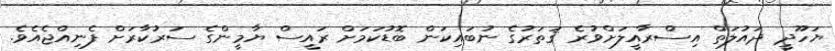
ޔަހޫދީ ދައުލަތް އިސްރާއީލަށްވުރެ ޤަތަރުގެ ނުބައިކަން ބޮޑުކަމަށް ރައީސް ޔާމީންގެ ސަރުކާރަށް ފެނިއްޖެއެވެ.